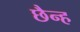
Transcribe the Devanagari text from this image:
छैन्ह